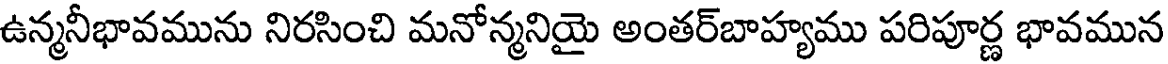
ఉన్మనీభావమును నిరసించి మనోన్మనియై అంతర్బాహ్యము పరిపూర్ణ భావమున